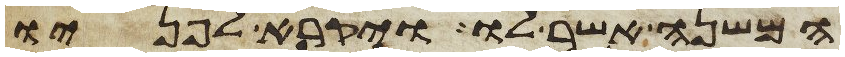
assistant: המשנה אשר לו ויקרא לפניו